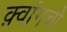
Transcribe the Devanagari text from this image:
क़्वांगचो